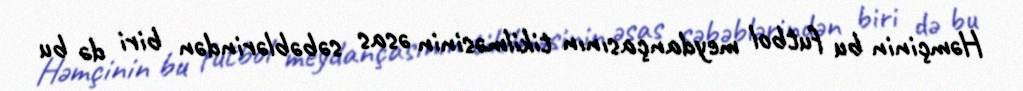
Həmçinin bu futbol meydançasının tikilməsinin əsas səbəblərindən biri də bu